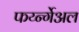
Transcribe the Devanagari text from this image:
फर्य्न्गेअल